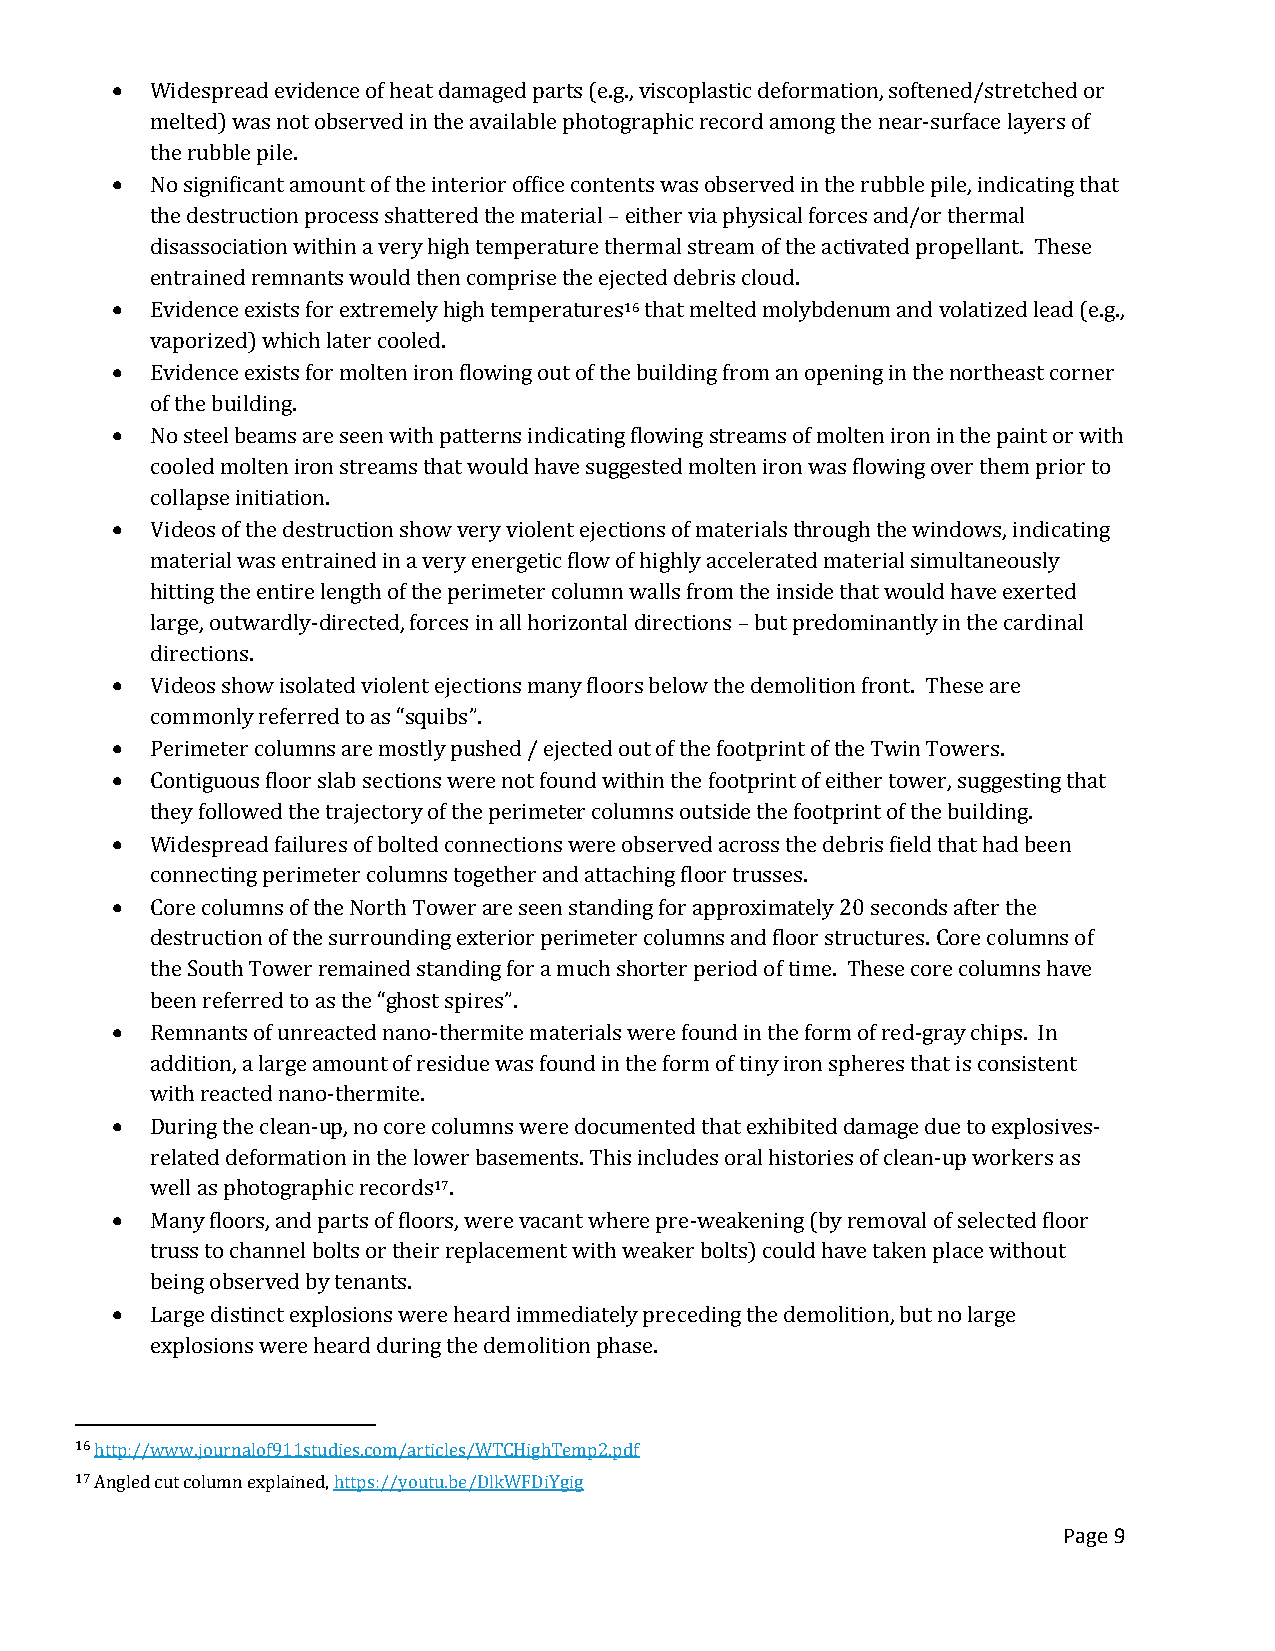
  Widespread evidence of heat damaged parts (e.g., viscoplastic deformation, softened/stretched or
 melted) was not observed in the available photographic record among the near-surface layers of
 the rubble pile.
   No significant amount of the interior office contents was observed in the rubble pile, indicating that
 the destruction process shattered the material – either via physical forces and/or thermal
 disassociation within a very high temperature thermal stream of the activated propellant. These
 entrained remnants would then comprise the ejected debris cloud.
   Evidence exists for extremely high temperatures16 that melted molybdenum and volatized lead (e.g.,
 vaporized) which later cooled.
   Evidence exists for molten iron flowing out of the building from an opening in the northeast corner
 of the building.
   No steel beams are seen with patterns indicating flowing streams of molten iron in the paint or with
 cooled molten iron streams that would have suggested molten iron was flowing over them prior to
 collapse initiation.
   Videos of the destruction show very violent ejections of materials through the windows, indicating
 material was entrained in a very energetic flow of highly accelerated material simultaneously
 hitting the entire length of the perimeter column walls from the inside that would have exerted
 large, outwardly-directed, forces in all horizontal directions – but predominantly in the cardinal
 directions.
   Videos show isolated violent ejections many floors below the demolition front. These are
 commonly referred to as “squibs”.
   Perimeter columns are mostly pushed / ejected out of the footprint of the Twin Towers.
   Contiguous floor slab sections were not found within the footprint of either tower, suggesting that
 they followed the trajectory of the perimeter columns outside the footprint of the building.
   Widespread failures of bolted connections were observed across the debris field that had been
 connecting perimeter columns together and attaching floor trusses.
   Core columns of the North Tower are seen standing for approximately 20 seconds after the
 destruction of the surrounding exterior perimeter columns and floor structures. Core columns of
 the South Tower remained standing for a much shorter period of time. These core columns have
 been referred to as the “ghost spires”.
   Remnants of unreacted nano-thermite materials were found in the form of red-gray chips. In
 addition, a large amount of residue was found in the form of tiny iron spheres that is consistent
 with reacted nano-thermite.
   During the clean-up, no core columns were documented that exhibited damage due to explosives-
 related deformation in the lower basements. This includes oral histories of clean-up workers as
 well as photographic records17.
   Many floors, and parts of floors, were vacant where pre-weakening (by removal of selected floor
 truss to channel bolts or their replacement with weaker bolts) could have taken place without
 being observed by tenants.
   Large distinct explosions were heard immediately preceding the demolition, but no large
 explosions were heard during the demolition phase.
 16 http://www.journalof911studies.com/articles/WTCHighTemp2.pdf
 17 Angled cut column explained, https://youtu.be/DlkWFDiYgig
 Page 9